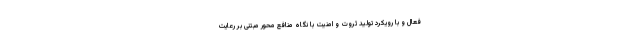
فعال و با رویکرد تولید ثروت و امنیت با نگاه منافع محور مبتنی بر رعایت